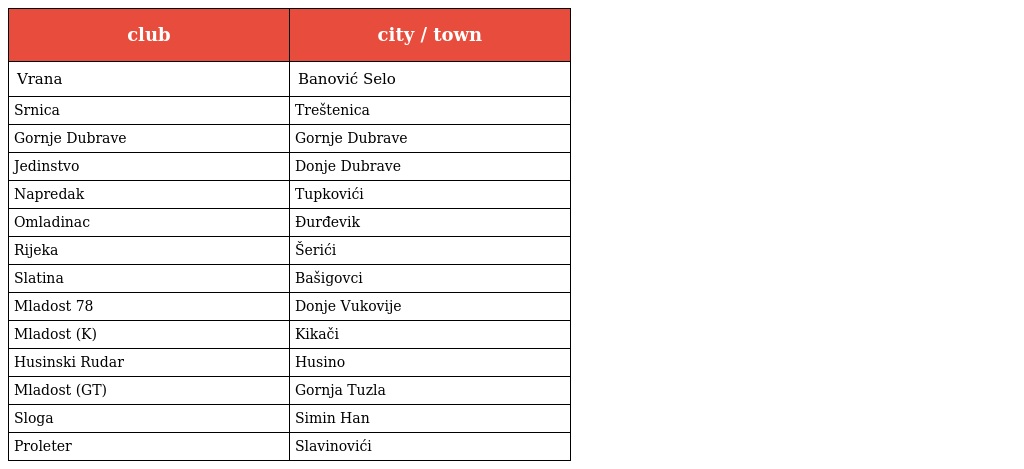
| club | city / town |
 | --- | --- |
 | Vrana | Banović Selo |
 | Srnica | Treštenica |
 | Gornje Dubrave | Gornje Dubrave |
 | Jedinstvo | Donje Dubrave |
 | Napredak | Tupkovići |
 | Omladinac | Đurđevik |
 | Rijeka | Šerići |
 | Slatina | Bašigovci |
 | Mladost 78 | Donje Vukovije |
 | Mladost (K) | Kikači |
 | Husinski Rudar | Husino |
 | Mladost (GT) | Gornja Tuzla |
 | Sloga | Simin Han |
 | Proleter | Slavinovići |